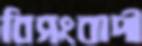
বিসংবাদী